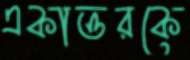
একাত্তরকে